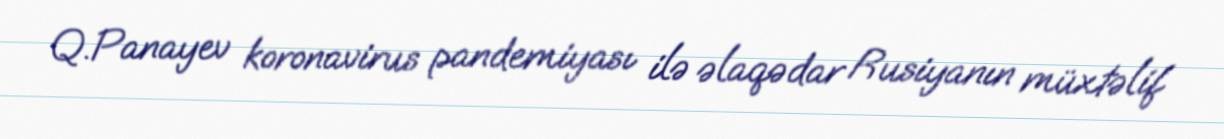
Q.Panayev koronavirus pandemiyası ilə əlaqədar Rusiyanın müxtəlif